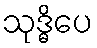
သုဒ္ဓိပေ